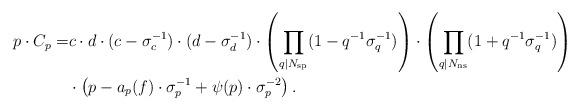
LaTeX: \begin{align*}p \cdot C_p = & c \cdot d \cdot (c - \sigma^{-1}_c) \cdot (d - \sigma^{-1}_d) \cdot \left( \prod_{q \mid N_{\mathrm{sp}}} ( 1- q^{-1} \sigma^{-1}_q ) \right) \cdot \left( \prod_{q \mid N_{\mathrm{ns}}} ( 1 + q^{-1} \sigma^{-1}_q ) \right) \\ & \cdot \left( p - a_p(f) \cdot \sigma^{-1}_p + \psi(p) \cdot \sigma^{-2}_p \right) .\end{align*}